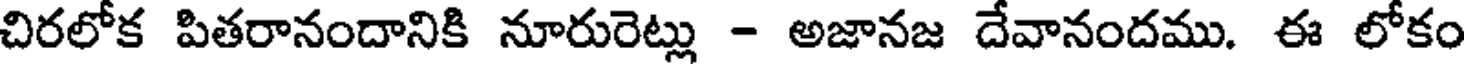
చిరలోక పితరానందానికి నూరురెట్లు - అజానజ దేవానందము. ఈ లోకం